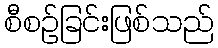
စီစဉ်ခြင်းဖြစ်သည်